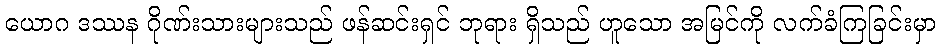
ယောဂ ဒဿန ဂိုဏ်းသားများသည် ဖန်ဆင်းရှင် ဘုရား ရှိသည် ဟူသော အမြင်ကို လက်ခံကြခြင်းမှာ